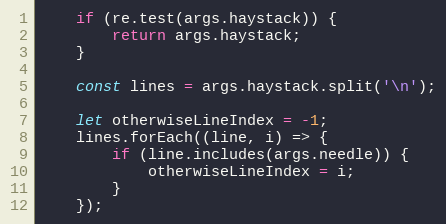
Language: JavaScript
    if (re.test(args.haystack)) {
        return args.haystack;
    }

    const lines = args.haystack.split('\n');

    let otherwiseLineIndex = -1;
    lines.forEach((line, i) => {
        if (line.includes(args.needle)) {
            otherwiseLineIndex = i;
        }
    });